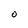
Character: O